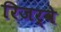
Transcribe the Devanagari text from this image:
रिजर्वे